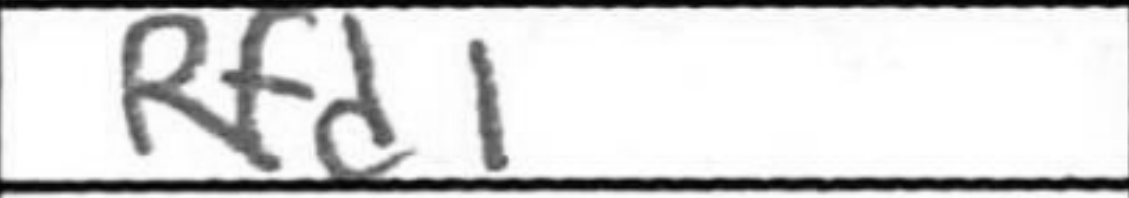
Transcription: Rfd1